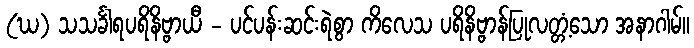
(ဃ) သသင်္ခါရပရိနိဗ္ဗာယီ - ပင်ပန်းဆင်းရဲစွာ ကိလေသ ပရိနိဗ္ဗာန်ပြုလတ္တံ့သော အနာဂါမ်။